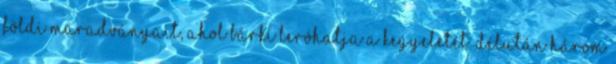
földi maradványait, ahol bárki leróhatja a kegyeletét. Délután három